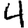
Digit: 4